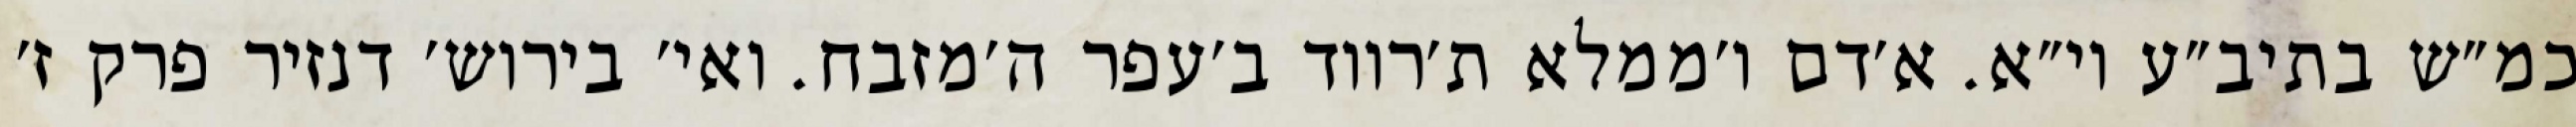
כמ״ש בתיב״ע וי״א. א׳דם ו׳ממלא ת׳רווד ב׳עפר ה׳מזבח. ואי׳ בירוש׳ דנזיר פרק ז׳